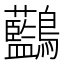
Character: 𪈭